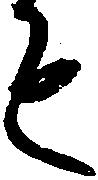
も